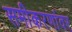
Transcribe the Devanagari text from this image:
समीकरणांवर